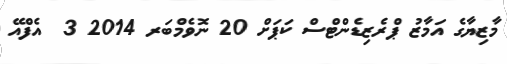
މާޒިޔާގެ އަމާޒު ޕްރެޒިޑެންޓްސް ކަޕަށް 20 ނޮވެމްބަރ 2014 3  އެފްއޭ